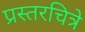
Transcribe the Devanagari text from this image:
प्रस्तरचित्रे